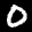
Label: 0